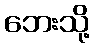
ဘေးသို့